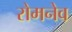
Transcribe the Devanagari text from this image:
रोमनेव